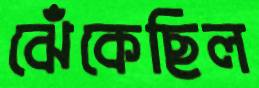
ঝেঁকেছিল